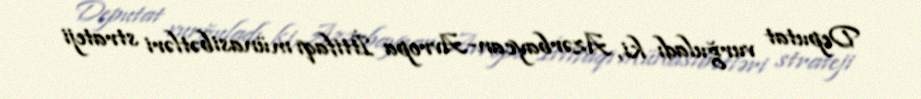
Deputat vurğuladı ki, Azərbaycan-Avropa İttifaqı münasibətləri strateji